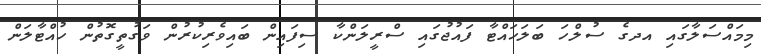
މިމައްސަލާގައި އދގެ ސުލްހަ ބަލަހައްޓާ ފައުޖުގައި ސްރީލަންކާ ސިފައިން ބައިވެރިކުރުން ވަގުތީގޮތުން ހުއްޓާލަން